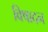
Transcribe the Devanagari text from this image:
विषादन